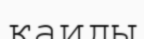
қаиды